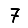
Digit: 7